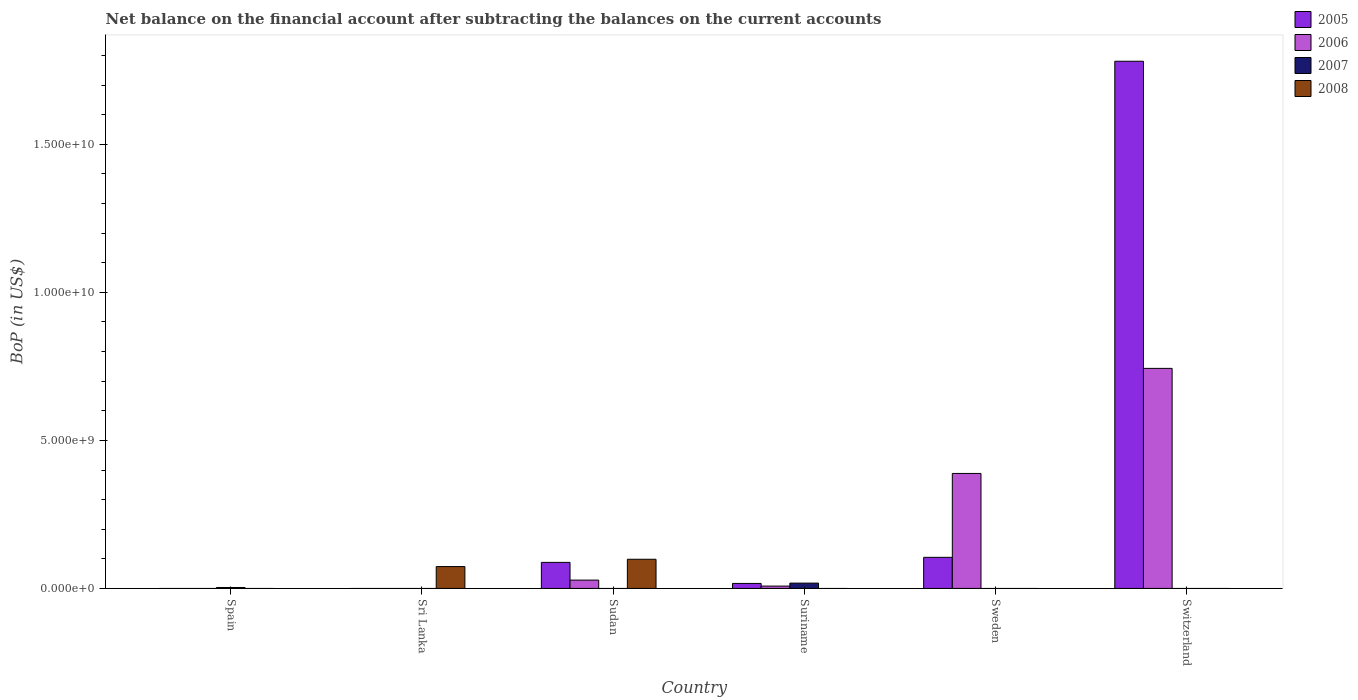
| Country | 2005 | 2006 | 2007 | 2008 |
 | --- | --- | --- | --- | --- |
 | Spain | -1.69e+09 | -3.57e+09 | 3.16e+07 | -1.76e+09 |
 | Sri Lanka | -6.48e+07 | -9.64e+07 | -1.55e+08 | 7.39e+08 |
 | Sudan | 8.8e+08 | 2.82e+08 | -1.15e+09 | 9.86e+08 |
 | Suriname | 1.69e+08 | 7.95e+07 | 1.8e+08 | -1e+08 |
 | Sweden | 1.05e+09 | 3.88e+09 | -3.36e+10 | -6.47e+10 |
 | Switzerland | 1.78e+10 | 7.43e+09 | -1.01e+10 | -1.24e+10 |